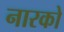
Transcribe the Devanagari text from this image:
नारको